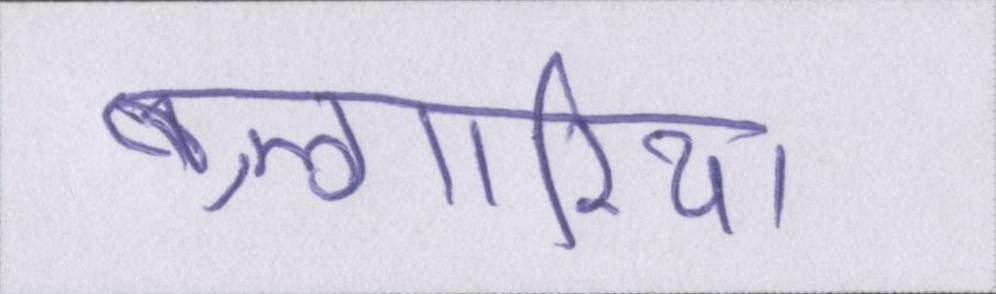
बुल्गारिया